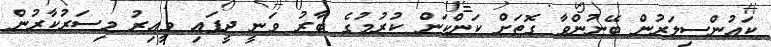
ކައުންސިލަރުން ބޭނުންވާ ގޮތަށް ކަންކަން ކުރުމުގެ ބާރު ވަނީ ދީފައި ވީއިރު މިސަރުކާރުން